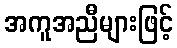
အကူအညီများဖြင့်